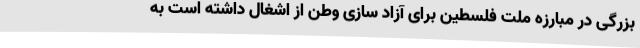
بزرگی در مبارزه ملت فلسطین برای آزاد سازی وطن از اشغال داشته است به